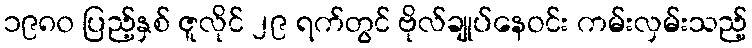
၁၉၈၀ ပြည့်နှစ် ဇူလိုင် ၂၉ ရက်တွင် ဗိုလ်ချုပ်နေဝင်း ကမ်းလှမ်းသည့်